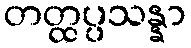
တတ္ထပ္ပသန္နာ